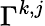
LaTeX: \Gamma^{k,j}